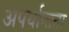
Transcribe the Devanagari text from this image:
अपर्यान्तता